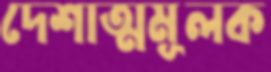
দেশাত্মমূলক